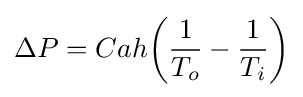
\Delta P=Cah{\bigg (}{\frac {1}{T_{o}}}-{\frac {1}{T_{i}}}{\bigg )}